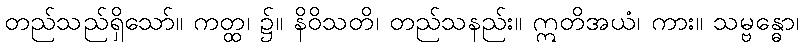
တည်သည်ရှိသော်။ ကတ္ထ၊ ၌။ နိဝိသတိ၊ တည်သနည်း။ ဣတိအယံ၊ ကား။ သမ္ဗန္ဓော၊